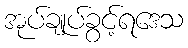
အုပ်ချုပ်ခွင့်ရဒေသ